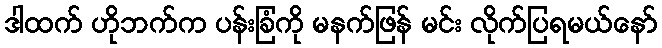
ဒါထက် ဟိုဘက်က ပန်းခြံကို မနက်ဖြန် မင်း လိုက်ပြရမယ်နော်